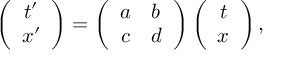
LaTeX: \left( \begin{array} { c } { { t ^ { \prime } } } \\ { { x ^ { \prime } } } \end{array} \right) = \left( \begin{array} { r l } { { a } } & { { b } } \\ { { c } } & { { d } } \end{array} \right) \left( \begin{array} { c } { { t } } \\ { { x } } \end{array} \right) ,